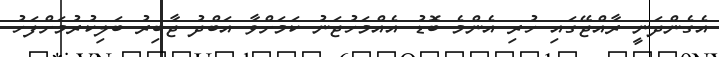
އެގެންދަނީ ރާއްޖޭގައި ހުރި އެންމެ ބޮޑު އެއްމަހުޖަނު ކަމަށްވާ އަބްދު ޖާބިރު ބަލިކުރުމަށްފަހު